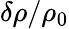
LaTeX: \delta\rho/\rho_{0}